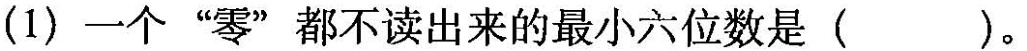
(1)一个”零”都不读出来的最小六位数是()。